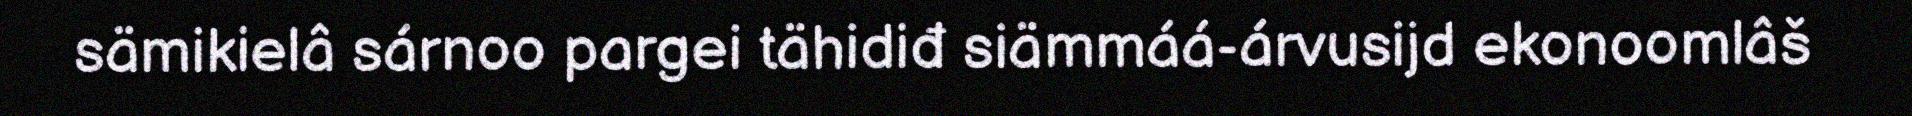
sämikielâ sárnoo pargei tähidiđ siämmáá-árvusijd ekonoomlâš